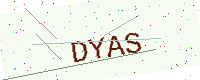
Text: DYAS